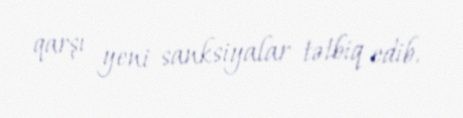
qarşı yeni sanksiyalar tətbiq edib.